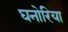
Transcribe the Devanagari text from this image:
घनोरिया